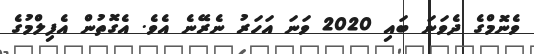
ވެނޮމްގެ ދެވަނަ ބައި 2020 ވަނަ އަހަރު ނެރޭނެ އެވެ. އެގޮތުން އެފިލްމުގެ